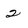
Character: 2